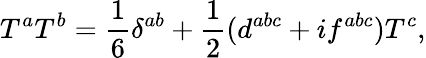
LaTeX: T^{a}T^{b}={\frac{1}{6}}\delta^{ab}+{\frac{1}{2}}(d^{abc}+if^{abc})T^{c},